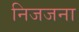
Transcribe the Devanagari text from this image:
निजजना